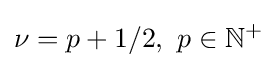
\nu =p+1/2,\ p\in \mathbb {N} ^{+}